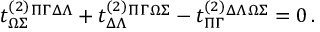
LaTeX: t _ { \Omega \Sigma } ^ { ( 2 ) } { } ^ { \Pi \Gamma } { } ^ { \Delta \Lambda } + t _ { \Delta \Lambda } ^ { ( 2 ) } { } ^ { \Pi \Gamma } { } ^ { \Omega \Sigma } - t _ { \Pi \Gamma } ^ { ( 2 ) } { } ^ { \Delta \Lambda } { } ^ { \Omega \Sigma } = 0 \, .